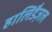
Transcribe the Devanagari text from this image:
हालिडैज़ल